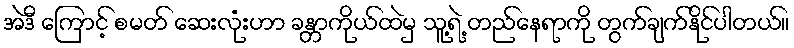
အဲဒီ ကြောင့် စမတ် ဆေးလုံးဟာ ခန္တာကိုယ်ထဲမှ သူ့ရဲ့ တည်နေရာကို တွက်ချက်နိုင်ပါတယ်။